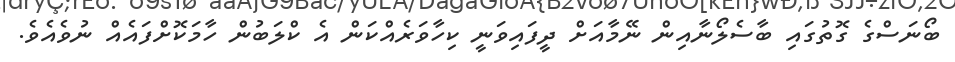
ބޯނަސްގެ ގޮތުގައި ބާސެލޯނާއިން ނޭމާއަށް ދީފައިވަނީ ކިހާވަރެއްކަން އެ ކްލަބުން ހާމަކޮށްފައެއް ނުވެއެވެ.